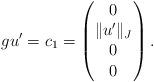
LaTeX: \begin{align*}gu' = c_1 = \begin{pmatrix}0\\\|u'\|_J\\0\\0\end{pmatrix}. \end{align*}